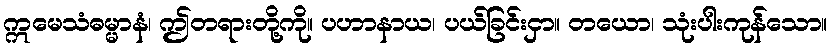
ဣမေသံဓမ္မာနံ၊ ဤတရားတို့ကို။ ပဟာနာယ၊ ပယ်ခြင်းငှာ။ တယော၊ သုံးပါးကုန်သော။